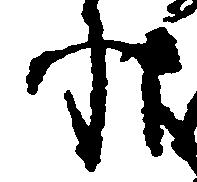
状